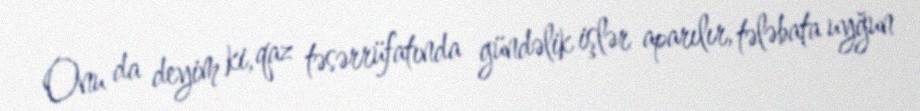
Onu da deyim ki, qaz təsərrüfatında gündəlik işlər aparılır, tələbata uyğun